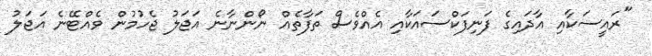
"ރައީސަކާއި އާދައިގެ ފަނިފަކްސައަކާއި އެއްވެސް ތަފާތެއް ނޯންނާނެ އަޖަލު ޖެހުމުން ވެއްޓޭނެ އަޖަލު